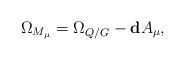
LaTeX: \begin{align*}\Omega_{M_\mu}=\Omega_{Q/G} - \mathbf{d}A_\mu,\end{align*}